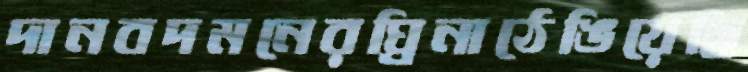
দানবদমনেরঘ্রিনাঠেঙিয়েছি